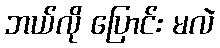
ဘယ်လို ပြောင်း မလဲ